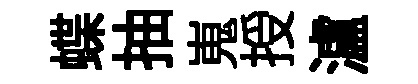
蝶抽嵬授瀘